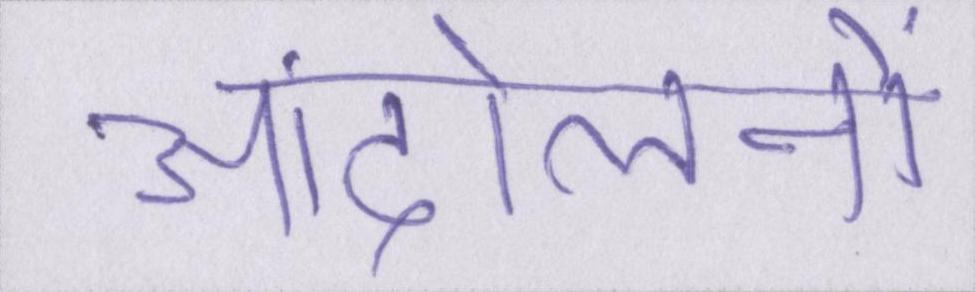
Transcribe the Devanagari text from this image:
आंदोलनों